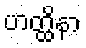
ဟတ္ထိနာ